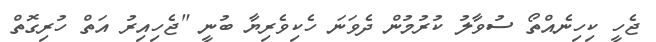
ޖެހީ ކިހިނެއްތޯ ސުވާލު ކުރުމުން ދެވަނަ ހެކިވެރިޔާ ބުނީ "ޖެހިއިރު އަތް ހުރިގޮތް